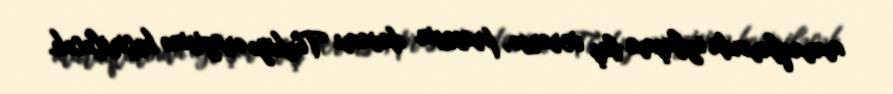
maraqlarında uzlaşma baş verərsə, prosesin davamı Türkiyə ərazisinə keçiriləcək.